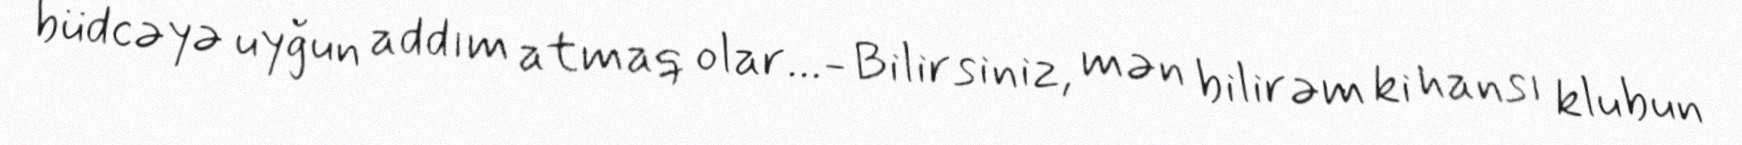
büdcəyə uyğun addım atmaq olar...- Bilirsiniz, mən bilirəm ki hansı klubun